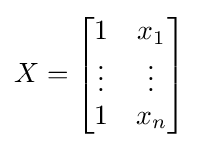
X=\left[{\begin{matrix}1&x_{1}\\\vdots &\vdots \\1&x_{n}\end{matrix}}\right]